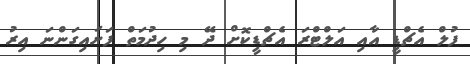
ފުލް އެޗްޑީ އާއި އަލްޓްރަ އެޗްޑީކޮށް ދޭ މި ހިދުމަތް ފަށައިގަންނަ އިރު